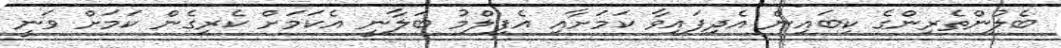
ބެލުންތެރިންގެ ކިބައިން އެދިފައިވާ ކަމަށާއި އެފިލްމު ބަލާނީ އެކަމަށް ކެރިގެން ކަމަށް ވަނީ